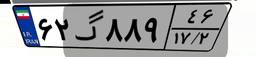
۶۵گ۱۳۸۶۷